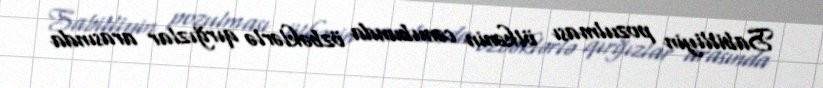
Sabitliyin pozulması ölkənin cənubunda özbəklərlə qırğızlar arasında